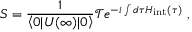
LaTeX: S = { \frac { 1 } { \left\langle 0 | U ( \infty ) | 0 \right\rangle } } { \mathcal { T } } e ^ { - i \int { d \tau H _ { \mathrm { { i n t } } } ( \tau ) } } ~ ,